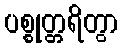
ပစ္စုတ္တရိတွာ